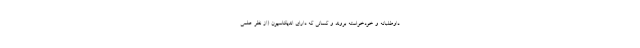
داوطلبانه و خودخواسته بروند و کسانی که دارای اندیکاسیون (از نظر علمی